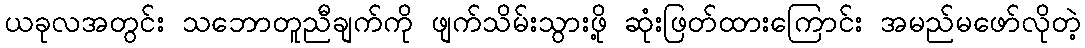
ယခုလအတွင်း သဘောတူညီချက်ကို ဖျက်သိမ်းသွားဖို့ ဆုံးဖြတ်ထားကြောင်း အမည်မဖော်လိုတဲ့